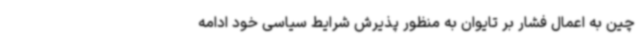
چین به اعمال فشار بر تایوان به منظور پذیرش شرایط سیاسی خود ادامه